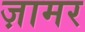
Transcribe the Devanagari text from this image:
ज़ामर